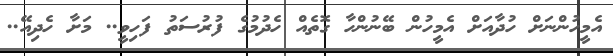
އެމީހުންނަށް ހުދާއަށް އެމީހުން ބޭނުންހާ ގޮތެއް ހެދުމުގެ ފުރުސަތު ފަހިވީ.. މަށާ ހެދިއޭ..